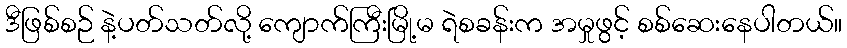
ဒီဖြစ်စဉ် နဲ့ပတ်သတ်လို့ ကျောက်ကြီးမြို့မ ရဲစခန်းက အမှုဖွင့် စစ်ဆေးနေပါတယ်။